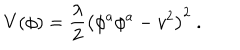
V ( \phi ) = { \frac { \lambda } { 2 } } \left( \phi ^ { a } \phi ^ { a } - v ^ { 2 } \right) ^ { 2 } \ .